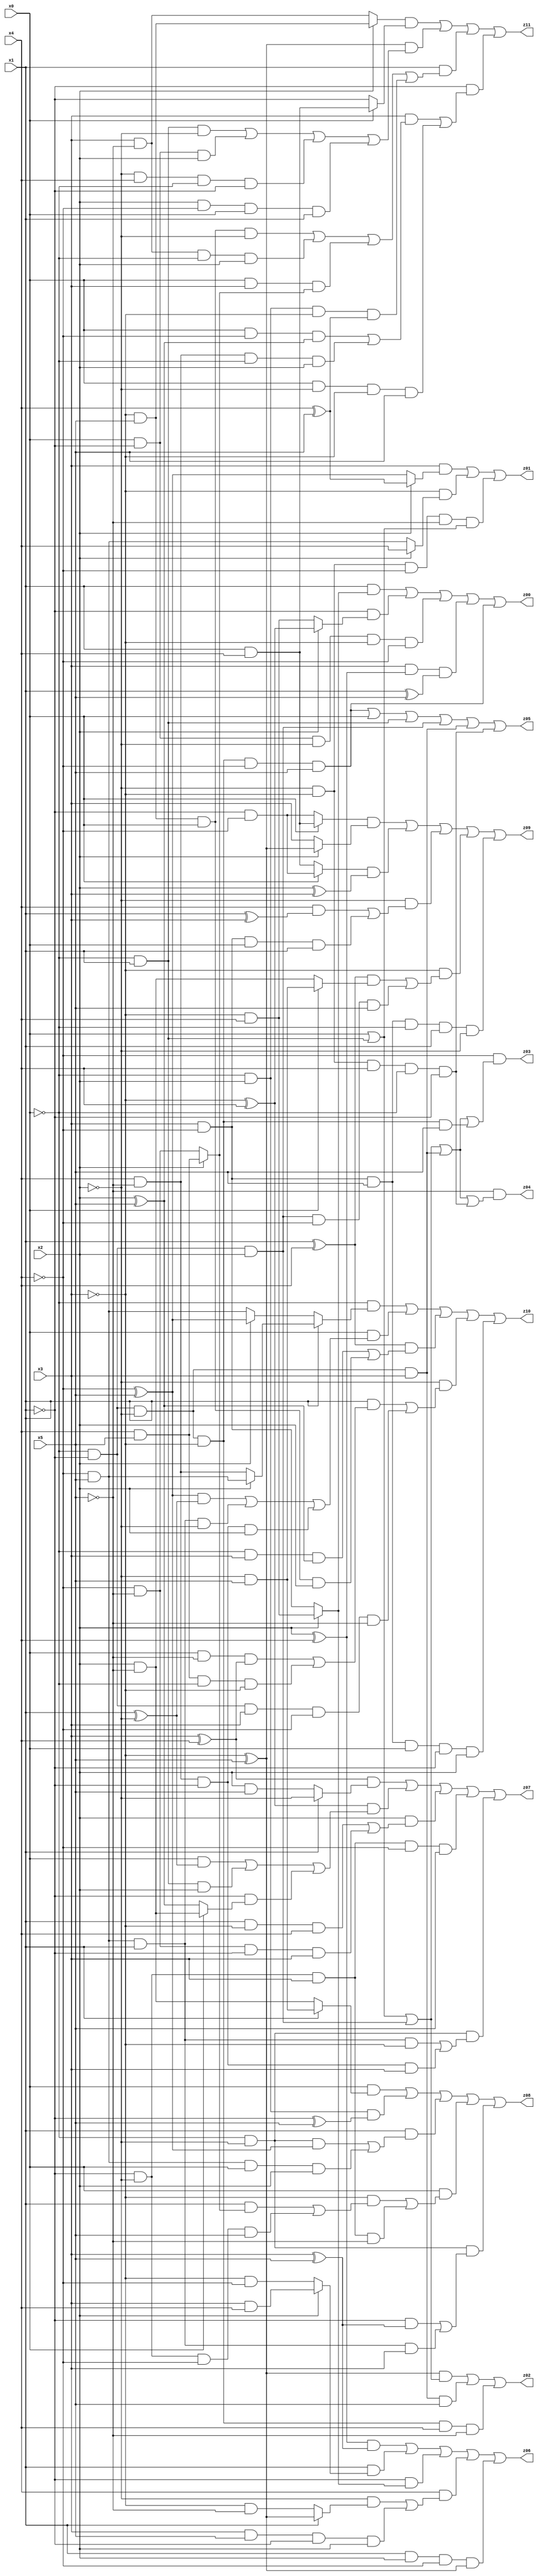
// Benchmark "X_21" written by ABC on Fri Jun 02 03:24:40 2023

module X_46 ( 
    x0, x1, x2, x3, x4, x5,
    z00, z01, z02, z03, z04, z05, z06, z07, z08, z09, z10, z11  );
  input  x0, x1, x2, x3, x4, x5;
  output z00, z01, z02, z03, z04, z05, z06, z07, z08, z09, z10, z11;
  assign z00 = (x1 & (x2 ? (~x3 & x4) : (x3 & ~x4))) | (~x1 & (x2 ? (~x3 ^ x4) : (~x3 & x4))) | (x0 & ~x1 & ~x2 & ~x3 & ~x4) | (x3 & (x2 ^ x4) & (x1 ^ x5)) | (~x0 & ~x1 & ~x2 & ~x3 & ~x4 & x5);
  assign z01 = (x3 & (x2 ? (x4 ^ x5) : (~x4 ^ x5))) | (~x3 & (x2 ? x4 : (~x4 & x5))) | (~x2 & ~x3 & ~x4 & ~x5 & (x0 | (~x0 & x1)));
  assign z02 = ((~x3 ^ x5) & (x0 | (~x0 & x1) | (~x0 & ~x1 & x2))) | (~x0 & ~x1 & ~x2 & x3 & x5) | (~x0 & ~x1 & ~x2 & ~x3 & x4 & ~x5);
  assign z03 = ~x4 & (x0 | (~x0 & x1) | (~x0 & ~x1 & x2) | (~x0 & ~x1 & ~x2 & x3) | (~x0 & ~x1 & ~x2 & ~x3 & x5));
  assign z04 = ~x5 & (x0 | (~x0 & x1) | (~x0 & ~x1 & x2) | (~x0 & ~x1 & ~x2 & x3) | (~x2 & ~x3 & x4 & ~x0 & ~x1));
  assign z05 = (~x0 & ~x1 & ~x2 & ~x3 & ~x4 & x5) | x0 | (~x0 & x1) | (~x0 & ~x1 & x2) | (~x0 & ~x1 & ~x2 & x3) | (~x2 & ~x3 & x4 & ~x0 & ~x1);
  assign z06 = ((x2 ^ x4) & (x3 ^ x5)) | (x1 & (x2 ? (x3 & x4) : (~x3 & ~x4))) | (~x1 & (x2 ? (~x3 & x4) : (x3 & ~x4))) | (x4 & ((~x2 & (x1 ? (~x3 ^ x5) : (~x3 & ~x5))) | (x3 & x5 & ~x1 & x2))) | (x1 & x2 & ~x4 & (~x3 ^ x5));
  assign z07 = ((x3 ^ x4) & (x1 ? ~x2 : (x2 & x5))) | ((~x3 ^ x4) & ((x0 & (x1 ^ ~x2)) | (~x0 & x1 & x2) | (~x1 & (x0 ? (x2 & ~x5) : (x2 ^ x5))))) | (x2 & ((x1 & ~x3 & x4) | (~x4 & ~x5 & ~x1 & x3))) | (~x1 & ~x2 & x3 & ~x4 & x5) | (~x0 & ~x2 & ((~x4 & x5 & x1 & ~x3) | (x4 & ~x5 & ~x1 & x3)));
  assign z08 = (x0 & (x1 ? (~x2 & x5) : (x2 & ~x5))) | (~x0 & x2 & (~x1 ^ x5)) | (x1 & ((~x0 & ~x2 & (~x4 ^ x5)) | (~x4 & x5 & x0 & x2))) | (x0 & ((~x3 & ((x1 & (x2 ? (x4 & x5) : (~x4 & ~x5))) | (~x1 & ~x2 & ~x4 & x5))) | (~x1 & ~x2 & x3 & ~x5))) | (~x0 & ~x2 & ((~x1 & (x3 ^ x5)) | (~x4 & x5 & x1 & x3)));
  assign z09 = ((x0 ? (x1 & x4) : (~x1 & ~x4)) & (x2 ? (~x3 ^ x5) : x3)) | ((x0 ? (~x1 & ~x4) : (x1 & x4)) & (x2 ^ x3)) | (~x2 & ((x4 & (x1 ^ x3)) | (x3 & ~x4 & x0 & x1))) | (~x3 & (((x1 ^ x4) & (x0 ? (~x2 & x5) : (x2 & ~x5))) | (~x0 & ~x1 & x2 & ~x4 & x5))) | (x3 & ~x4 & x5 & ~x0 & x1 & ~x2);
  assign z10 = (~x0 & (x1 ? (x2 ? (~x4 & x5) : (x4 & ~x5)) : (x2 ? (~x4 ^ x5) : (~x4 & x5)))) | (x0 & (((~x4 ^ x5) & (x1 ^ ~x2)) | (~x4 & x5 & x1 & ~x2) | (x4 & ~x5 & ~x1 & x2))) | ((x1 ^ x4) & ((~x0 & x3 & (x2 ^ x5)) | (~x3 & x5 & x0 & x2))) | (~x2 & ((x1 & ((x0 & ~x5 & (x3 ^ x4)) | (x4 & x5 & ~x0 & ~x3))) | (~x0 & ~x1 & x3 & ~x4 & ~x5))) | (x3 & ~x4 & x5 & x0 & ~x1 & x2);
  assign z11 = ((x2 ? (~x3 & x5) : (x3 & ~x5)) & (x0 ? (x1 & x4) : ~x1)) | ((~x3 ^ x5) & ((~x0 & x1 & ~x2) | (x0 & ~x1 & x2) | (~x2 & x4 & ~x0 & ~x1) | (x2 & ~x4 & x0 & x1))) | (x1 & ((~x3 & x5 & x0 & ~x2) | (x3 & ~x5 & ~x0 & x2) | (x0 & x3 & (x2 ? (x4 & x5) : (~x4 & ~x5))) | (~x0 & x2 & ~x3 & (x4 ^ x5)))) | (~x1 & ((x3 & ((x0 & ~x4 & (x2 ^ x5)) | (x4 & ~x5 & ~x0 & x2))) | (x0 & ~x2 & ~x3 & x5)));
endmodule